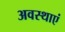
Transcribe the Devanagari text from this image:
अवस्‍थाएं